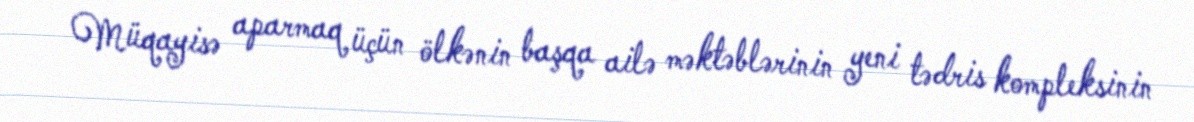
Müqayisə aparmaq üçün ölkənin başqa ailə məktəblərinin yeni tədris kompleksinin